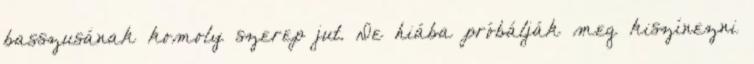
basszusának komoly szerep jut. De hiába próbálják meg kiszínezni